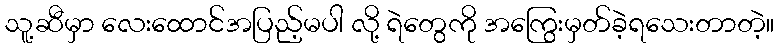
သူ့ဆီမှာ လေးထောင်အပြည့်မပါ လို့ ရဲတွေကို အကြွေးမှတ်ခဲ့ရသေးတာတဲ့။